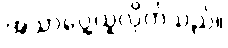
အသာပွေ့ယူလိုက်သည်။